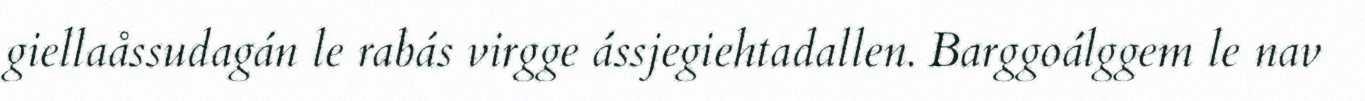
giellaåssudagán le rabás virgge ássjegiehtadallen. Barggoálggem le nav